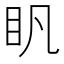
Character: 𥃵